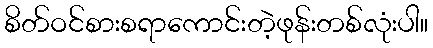
စိတ်ဝင်စားစရာကောင်းတဲ့ဖုန်းတစ်လုံးပါ။